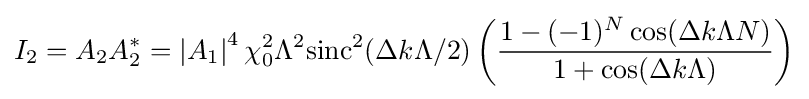
I_{2}=A_{2}A_{2}^{*}=\left|A_{1}\right|^{4}\chi _{0}^{2}\Lambda ^{2}{\mbox{sinc}}^{2}(\Delta k\Lambda /2)\left({\frac {1-(-1)^{N}\cos(\Delta k\Lambda N)}{1+\cos(\Delta k\Lambda )}}\right)